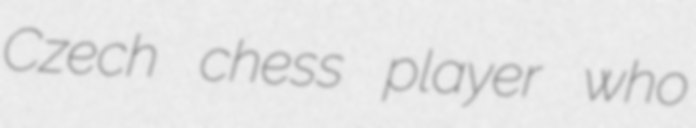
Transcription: Czech chess player who